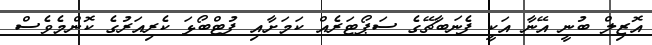
އޮޒިލް ބުނީ އޭނާ އަކީ ފެނަބާޗޭގެ ސަޕޯޓަރެއް ކަމަށާއި ފުޓްބޯޅަ ކެރިއަރުގެ ކޮންމެވެސް